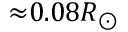
{ \approx } 0 . 0 8 R _ { \odot }